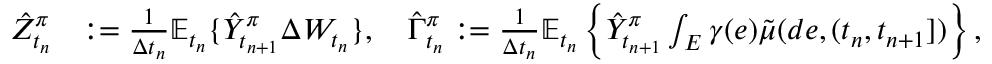
\begin{array} { r } { \begin{array} { r l } { \hat { Z } _ { t _ { n } } ^ { \pi } } & { : = \frac { 1 } { \Delta t _ { n } } \mathbb { E } _ { t _ { n } } \{ \hat { Y } _ { t _ { n + 1 } } ^ { \pi } \Delta W _ { t _ { n } } \} , \quad \hat { \Gamma } _ { t _ { n } } ^ { \pi } : = \frac { 1 } { \Delta t _ { n } } \mathbb { E } _ { t _ { n } } \left\{ \hat { Y } _ { t _ { n + 1 } } ^ { \pi } \int _ { E } \gamma ( e ) \tilde { \mu } ( d e , ( t _ { n } , t _ { n + 1 } ] ) \right\} , } \end{array} } \end{array}